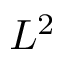
L ^ { 2 }